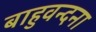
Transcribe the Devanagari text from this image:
बाहुवन्दना